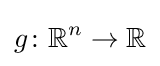
g\colon \mathbb {R} ^{n}\to \mathbb {R}